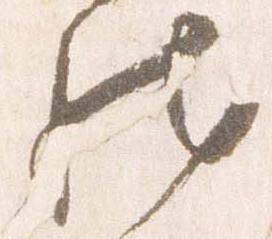
然